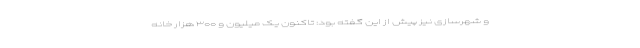
و شهرسازی نیز پیش از این گفته بود: تاکنون یک میلیون و ۳۰۰ هزار خانه